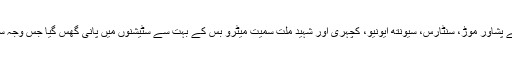
انہوں نے کہا کہ حالیہ بارشوں کی وجہ سے پشاور موڑ، سنٹارس، سیونتھ ایونیو، کچہری اور شہید ملت سمیت میٹرو بس کے بہت سے سٹیشنوں میں پانی گھس گیا جس وجہ سے مسافروں کو بھی پریشانی کا سامنا رہا۔